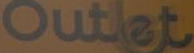
Outlet